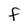
Character: F